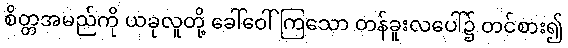
စိတ္တအမည်ကို ယခုလူတို့ ခေါ်ဝေါ်ကြသော တန်ခူးလပေါ်၌ တင်စား၍